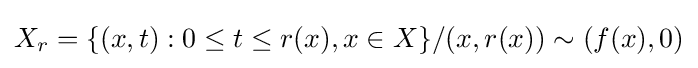
X_{r}=\{(x,t):0\leq t\leq r(x),x\in X\}/(x,r(x))\sim (f(x),0)